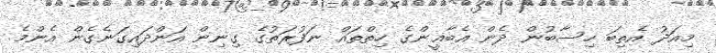
މިއަދު އެތިބަ ހިސާބުން ދެން އެބާޣީންގެ ހިތްތައް ނަފުރަތުގެ ގިނިން އަންދައިގަނެގެން އެންމެ